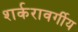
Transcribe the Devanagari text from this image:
शर्करावर्गीय